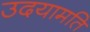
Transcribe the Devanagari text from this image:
उदयामति